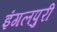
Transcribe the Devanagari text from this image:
इंगलपुरी